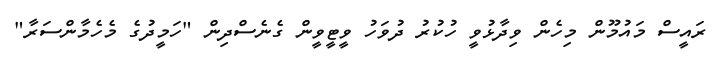
ރައީސް މައުމޫން މިހެން ވިދާޅުވީ ހުކުރު ދުވަހު ވީޓީވީން ގެނެސްދިން "ހަމީދުގެ މެހެމާންސަރާ"